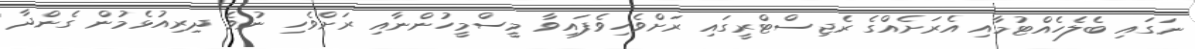
ނަގައި ބެލެހެއްޓުމާއި އެރަށެއްގެ ރެޖިސްޓްރީގައި ރަށްވެހިވެފައިވާ މީސްމީހުންނާއި ރަށްވެހި ނުވެ ދިރިއުޅެމުން ގެންދާ